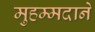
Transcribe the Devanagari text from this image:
मुहम्मदाने